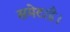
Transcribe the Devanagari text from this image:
समेटाहै।